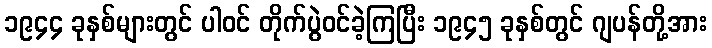
၁၉၄၄ ခုနှစ်များတွင် ပါဝင် တိုက်ပွဲဝင်ခဲ့ကြပြီး ၁၉၄၅ ခုနှစ်တွင် ဂျပန်တို့အား